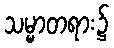
သမ္မာတရား၌